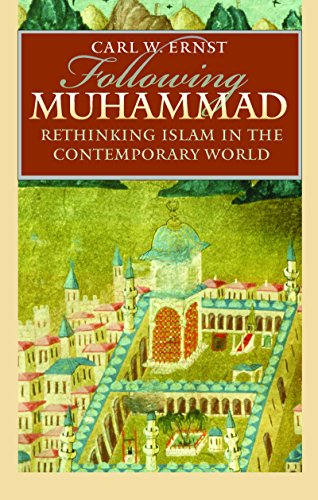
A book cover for Following Muhammad: Rethinking Islam in the Contemporary World (Islamic Civilization and Muslim Networks); Carl W. Ernst; Religion & Spirituality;